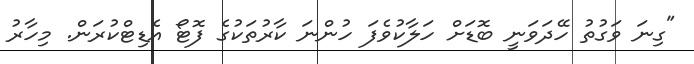
"ގިނަ ވަގުތު ހޭދަވަނީ ބޮޑަށް ހަލާކުވެފަ ހުންނަ ކާރުތަކުގެ ފޮޓޯ އެޑިޓްކުރަން. މިހާރު